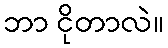
ဘာ ငိုတာလဲ။